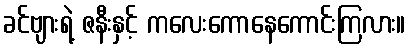
ခင်ဗျားရဲ့ ဇနီးနှင့် ကလေးကောနေကောင်းကြလား။